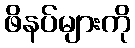
ဖိနပ်များကို